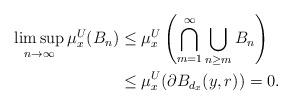
LaTeX: \begin{align*}\limsup_{n\rightarrow \infty} \mu^U_x(B_n) & \leq \mu^U_x \left( \bigcap_{m=1}^{\infty} \bigcup_{n\geq m} B_n \right) \\&\leq \mu^U_x(\partial B_{d_x}(y,r)) = 0.\end{align*}